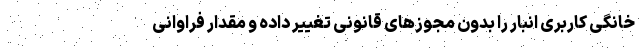
خانگی کاربری انبار را بدون مجوزهای قانونی تغییر داده و مقدار فراوانی